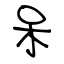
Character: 呆